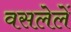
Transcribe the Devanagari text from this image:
वसलेलें